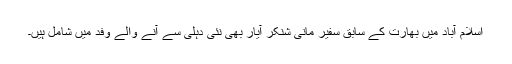
اسلام آباد میں بھارت کے سابق سفیر مانی شنکر آیار بھی نئی دہلی سے آنے والے وفد میں شامل ہیں۔